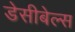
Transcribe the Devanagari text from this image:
डेसीबेल्स